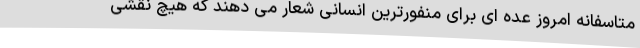
متاسفانه امروز عده ای برای منفورترین انسانی شعار می دهند که هیچ نقشی